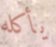
يأكله